Annual statistical returns and brief notes on vaccination in Bengal - 1896-1909
Year: 1896
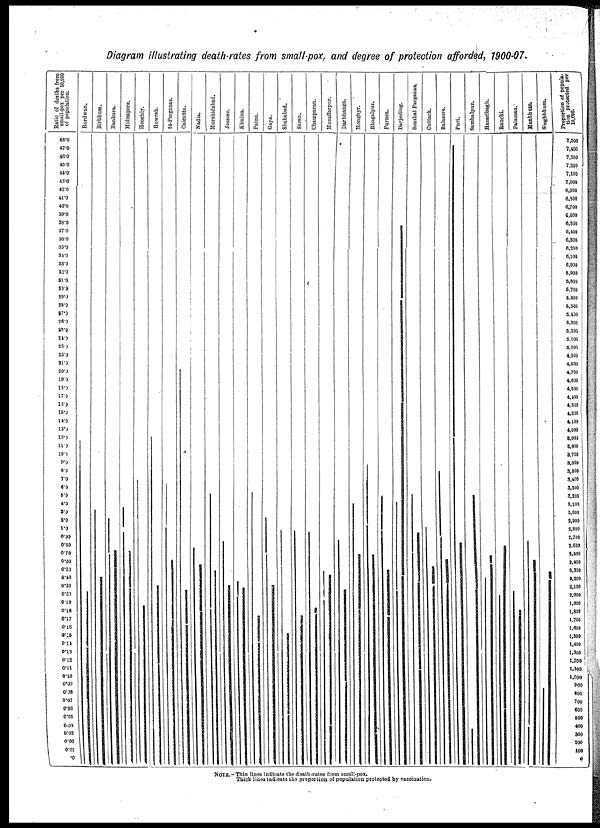
Diagram illustrating death-rates from small-pox, and degree of protection afforded, 1900-07.
NOTE.—Thin lines indicate the death-rates from small-pox.
Thick lines indicate the proportion of population protected by vaccination.